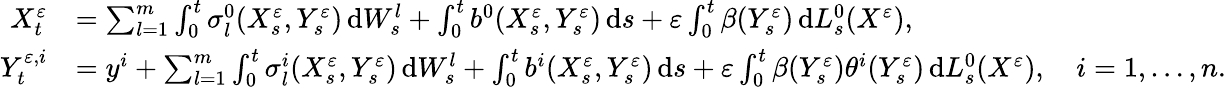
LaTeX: \begin{array}{rl}{X_{t}^{\varepsilon}}&{=\sum_{l=1}^{m}\int_{0}^{t}\sigma_{l}^{0}(X_{s}^{\varepsilon},Y_{s}^{\varepsilon})\, \mathrm{d}W_{s}^{l}+\int_{0}^{t}b^{0}(X_{s}^{\varepsilon},Y_{s}^{\varepsilon})\, \mathrm{d}s+\varepsilon\int_{0}^{t}\beta(Y_{s}^{\varepsilon})\, \mathrm{d}L_{s}^{0}(X^{\varepsilon}),}\\ {Y_{t}^{\varepsilon,i}}&{=y^{i}+\sum_{l=1}^{m}\int_{0}^{t}\sigma_{l}^{i}(X_{s}^{\varepsilon},Y_{s}^{\varepsilon})\, \mathrm{d}W_{s}^{l}+\int_{0}^{t}b^{i}(X_{s}^{\varepsilon},Y_{s}^{\varepsilon})\, \mathrm{d}s+\varepsilon\int_{0}^{t}\beta(Y_{s}^{\varepsilon})\theta^{i}(Y_{s}^{\varepsilon})\, \mathrm{d}L_{s}^{0}(X^{\varepsilon}),\quad i=1,\dots,n.}\end{array}